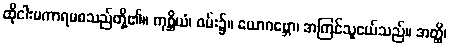
ထိုငါးမကာရမစသည်တို့၏။ ကုစ္ဆိယံ၊ ဝမ်း၌။ ယောဂဗ္ဘော၊ အကြင်သူငယ်သည်။ အတ္ထိ၊